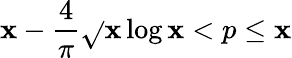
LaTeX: \mathbf{x}-{\frac{{4}}{{\pi}}}{\sqrt{}{{\mathbf{x}}}}\log\mathbf{x}<p\leq\mathbf{x}